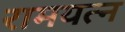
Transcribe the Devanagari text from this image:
रामयत्न